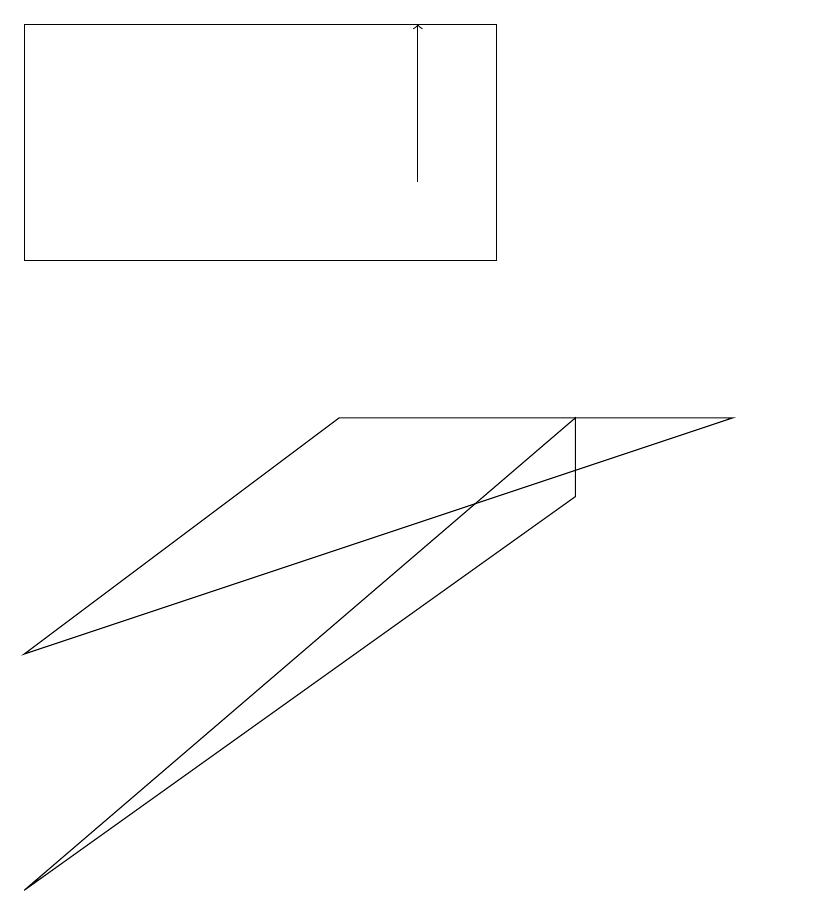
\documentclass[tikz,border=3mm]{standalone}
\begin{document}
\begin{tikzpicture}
\draw (0,14) rectangle (6,11);
\draw (10,10) circle (0);
\draw[->] (5,12) -- (5,14);
\draw (4,9) -- (0,6) -- (9,9) -- cycle;
\draw (7,8) -- (0,3) -- (7,9) -- cycle;
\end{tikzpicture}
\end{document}